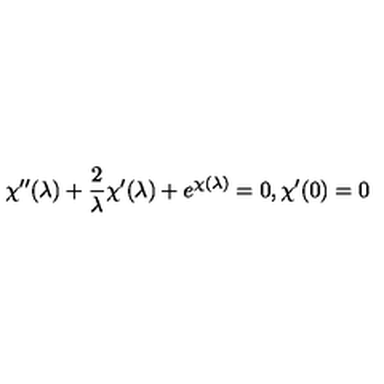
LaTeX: \chi ^ { \prime \prime } ( \lambda ) + { \frac { 2 } { \lambda } } \chi ^ { \prime } ( \lambda ) + e ^ { \chi ( \lambda ) } = 0 , \chi ^ { \prime } ( 0 ) = 0